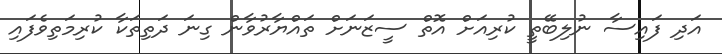
އަދި ފައިސާ ނުލިބޭތީ ކުރިއަށް އޮތް ސީޒަނަށް ތައްޔާރުވާން ގިނަ ދަތިތަކާ ކުރިމަތިވެފައި